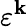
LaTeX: \varepsilon^{\mathbf{k}}